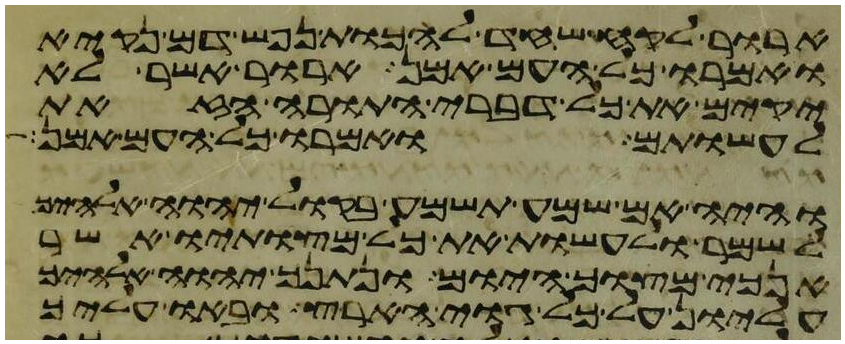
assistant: ארור לקח שחד להכות נפש דם נקיא
ואמרו כל העם אמן ארור אשר לא
יקים את כל דברי התורה הזאת
לעשותם ואמרו כל העם אמן
והיה אם שמע תשמע בקול יהוה אלהיך
לשמר לעשות את כל מצותיו אשר
אנכי מצוך היום ונתנך יהוה אלהיך
עליון על כל גוי הארץ ובאו עליך